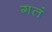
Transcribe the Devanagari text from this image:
गतं